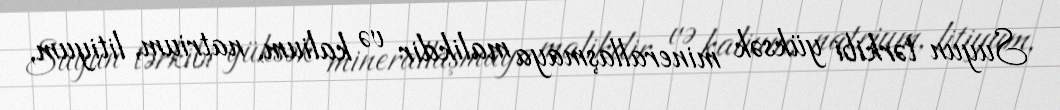
Suyun tərkibi yüksək minerallaşmaya malikdir və kalium, natrium, litiyum,